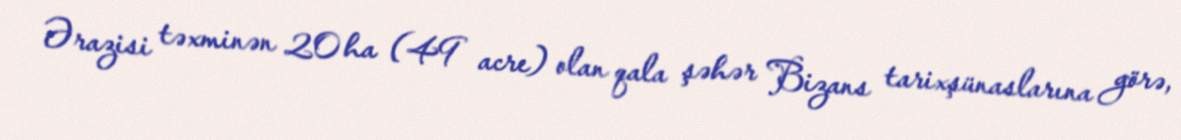
Ərazisi təxminən 20 ha (49 acre) olan qala şəhər Bizans tarixşünaslarına görə,